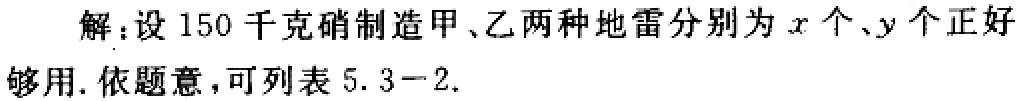
解：设150千克硝制造甲、乙两种地雷分别为\(x\)个、\(y\)个正好够用. 依题意，可列表5.3−2.